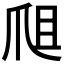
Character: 𤔈